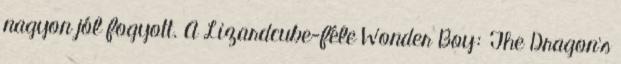
nagyon jól fogyott. A Lizardcube-féle Wonder Boy: The Dragon's